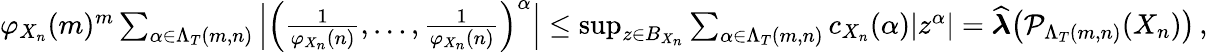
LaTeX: \begin{array}{r}{\varphi_{X_{n}}(m)^{m}\sum_{\alpha\in\Lambda_{T}(m,n)}\Big|\Big(\frac{1}{\varphi_{X_{n}}(n)},\ldots,\frac{1}{\varphi_{X_{n}}(n)}\Big)^{\alpha}\Big|\leq\operatorname*{sup}_{z\in B_{X_{n}}}\sum_{\alpha\in\Lambda_{T}(m,n)}c_{X_{n}}(\alpha)|z^{\alpha}|=\widehat{\boldsymbol{\lambda}}\big(\mathcal{P}_{\Lambda_{T}(m,n)}(X_{n})\big)\, ,}\end{array}